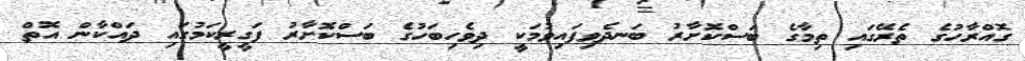
ގޮއްރާހުގެ ތެރޭގައި ތިމާގެ ބަސްކޮށާރު ބަނދެވިފައިވުމަކީ ދިވެހިބަހުގެ ބަސްކޮށާރު ފަގީރީކަމުގައި ދައްކާން އޮތް